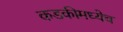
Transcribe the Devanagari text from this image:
कडकीमध्येच